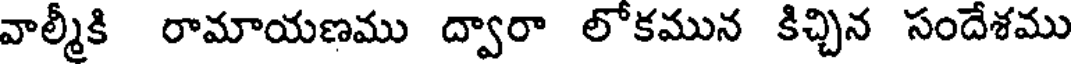
వాల్మీకి రామాయణము ద్వారా లోకమున కిచ్చిన సందేశము